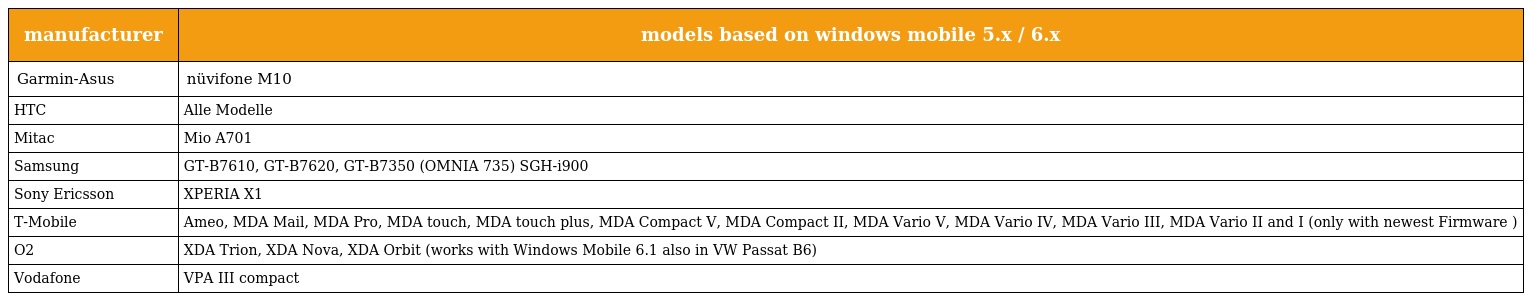
| manufacturer | models based on windows mobile 5.x / 6.x |
 | --- | --- |
 | Garmin-Asus | nüvifone M10 |
 | HTC | Alle Modelle |
 | Mitac | Mio A701 |
 | Samsung | GT-B7610, GT-B7620, GT-B7350 (OMNIA 735) SGH-i900 |
 | Sony Ericsson | XPERIA X1 |
 | T-Mobile | Ameo, MDA Mail, MDA Pro, MDA touch, MDA touch plus, MDA Compact V, MDA Compact II, MDA Vario V, MDA Vario IV, MDA Vario III, MDA Vario II and I (only with newest Firmware ) |
 | O2 | XDA Trion, XDA Nova, XDA Orbit (works with Windows Mobile 6.1 also in VW Passat B6) |
 | Vodafone | VPA III compact |